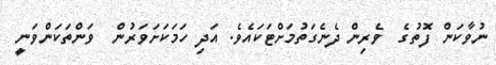
ނުވާކަން ފޮތުގެ  ވެރިން ދެނެގަތުމަށްޓަކައެވެ. އަދި ހަމަކަށަވަރުން  ވަންތަކަންވަނީ